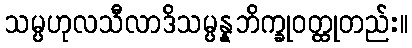
သမ္ပဟုလသီလာဒိသမ္ပန္နဘိက္ခုဝတ္ထုတည်း။